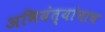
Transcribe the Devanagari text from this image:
अभियंत्यांनाच